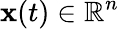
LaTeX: \mathbf{x}(t)\in\mathbb{R}^{n}